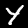
Digit: 4